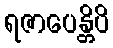
ရဇာပေန္တိပိ